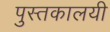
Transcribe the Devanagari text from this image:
पुस्तकालयी